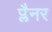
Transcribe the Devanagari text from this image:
प्लैनर